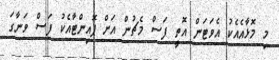
މި މޮޅާއެއެކު އެވަޓަން އޮތީ ފަސް މެޗުން އަށް ޕޮއިންޓާއެކު ފަސް ވަނާގަ